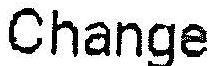
CHANGE